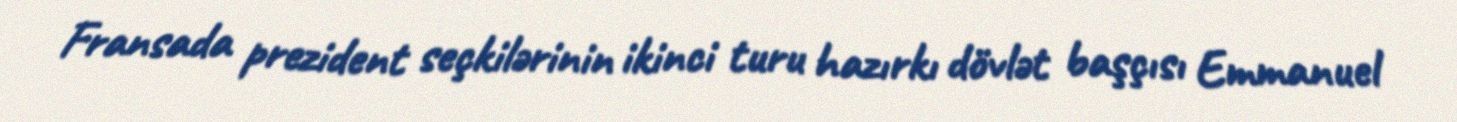
Fransada prezident seçkilərinin ikinci turu hazırkı dövlət başçısı Emmanuel